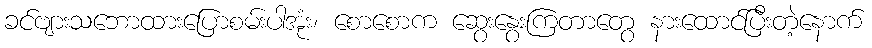
ခင်ဗျားသဘောထားပြောစမ်းပါအုံး၊ စောစောက ဆွေးနွေးကြတာတွေ နားထောင်ပြီးတဲ့နောက်